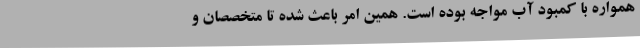
همواره با کمبود آب مواجه بوده است. همین امر باعث شده تا متخصصان و